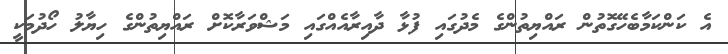
އެ ކަންކަމާބެހޭގޮތުން ރައްޔިތުންގެ މެދުގައި ފުޅާ ދާއިރާއެއްގައި މަޝްވަރާކޮށް ރައްޔިތުންގެ ހިޔާލު ހޯދުމަކީ